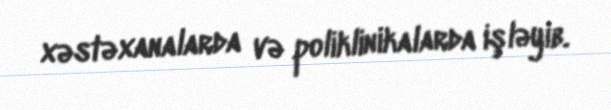
xəstəxanalarda və poliklinikalarda işləyib.